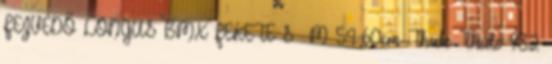
FEJVÉDŐ LONGUS BMX FEKETE S M 54-60cm Thule Thule 982